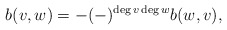
\begin{align*} b(v,w) = -(-)^{\deg v \deg w} b(w,v),\end{align*}